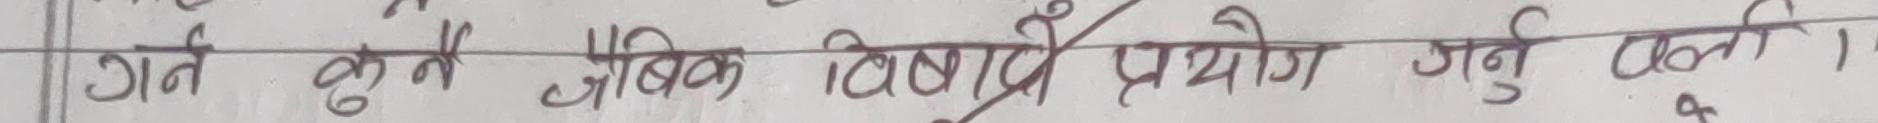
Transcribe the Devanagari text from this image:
गत कुन अधिक विषय प्रयोग गर्नु पर्ला ।